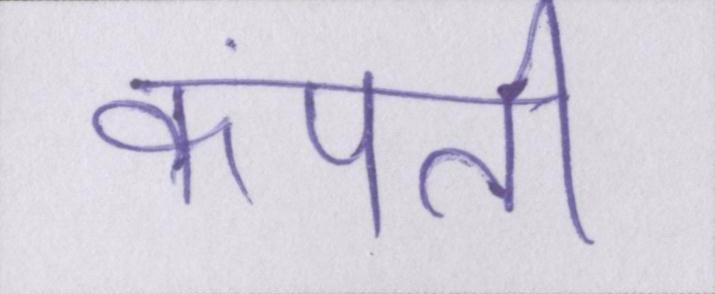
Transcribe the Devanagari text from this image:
कंपती